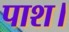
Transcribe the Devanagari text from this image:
पाश।